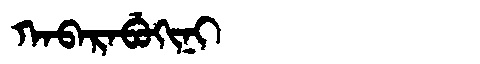
Manchu: ᡴᠠᠪᠠᡵᠠᠪᡠᡴᡳᠨᡳ
Romanization: KABARABUKINI